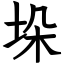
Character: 垛